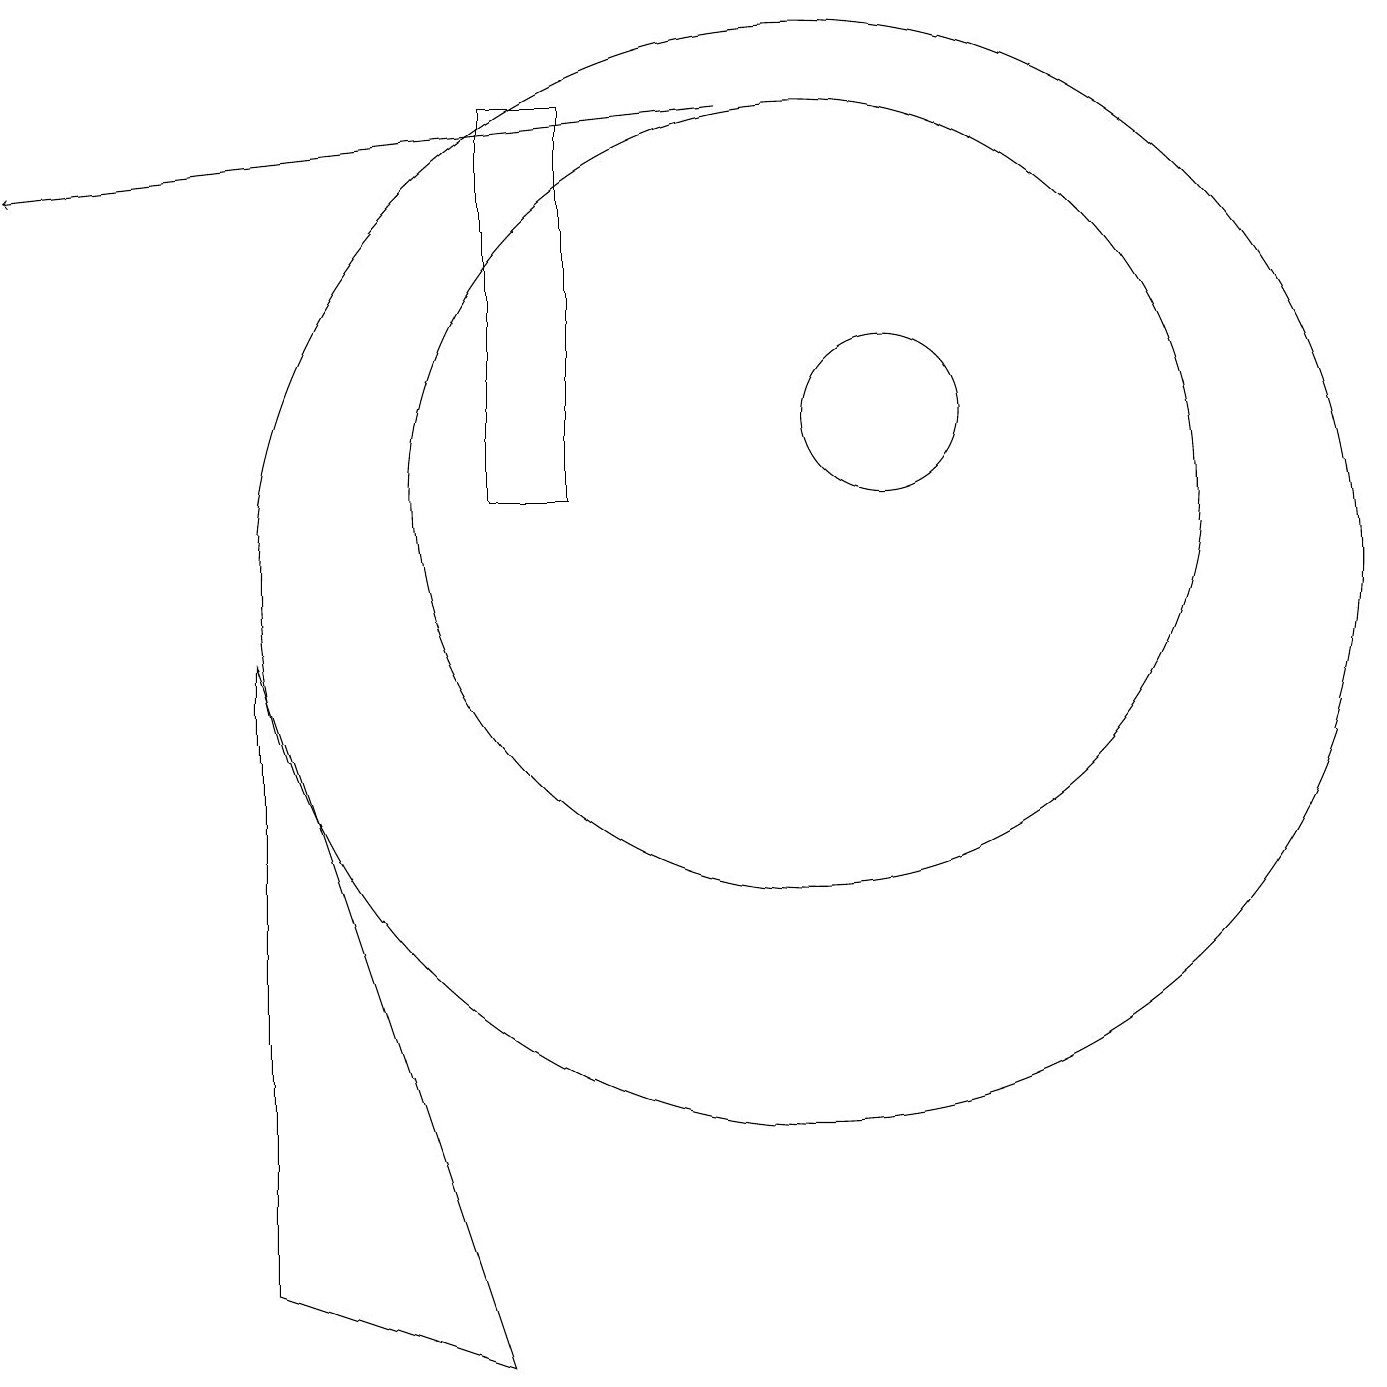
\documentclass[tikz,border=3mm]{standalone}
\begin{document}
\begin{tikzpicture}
\draw (3,1) -- (3,9) -- (6,0) -- cycle;
\draw[->] (9,16) -- (0,15);
\draw (7,11) rectangle (6,16);
\draw (10,11) circle (5);
\draw (11,12) circle (1);
\draw (10,10) circle (7);
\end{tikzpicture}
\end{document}